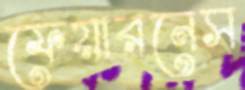
ফেয়ারনেস